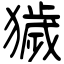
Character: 獩